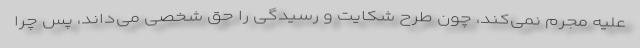
علیه مجرم نمی‌کند، چون طرح شکایت و رسیدگی را حق شخصی می‌داند، پس چرا